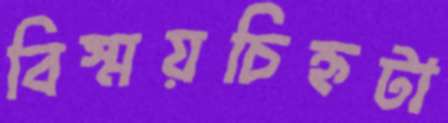
বিস্ময়চিহ্নটা